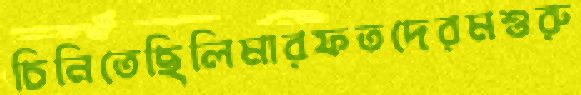
চিনিতেছিলিমারফতদেরমশুরু